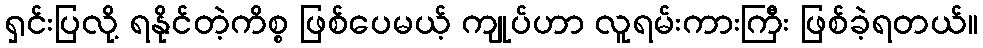
ရှင်းပြလို့ ရနိုင်တဲ့ကိစ္စ ဖြစ်ပေမယ့် ကျုပ်ဟာ လူရမ်းကားကြီး ဖြစ်ခဲ့ရတယ်။